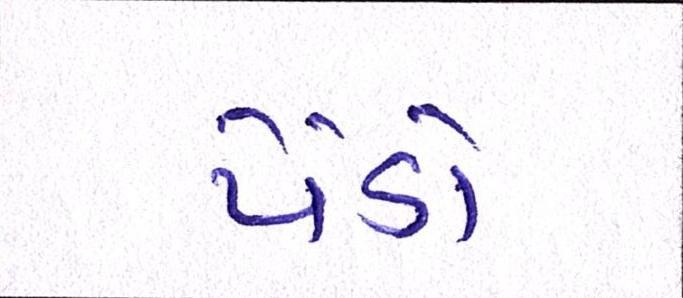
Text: પેંડો